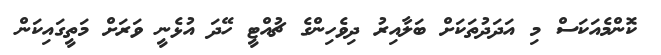
ކޮންމެއަކަސް މި އަދަދުތަކަށް ބަލާއިރު ދިވެހިންގެ ޗުއްޓީ ހޭދަ އުޅެނީ ވަރަށް މަތީގައިކަން